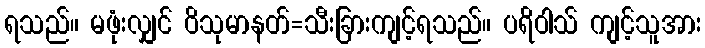
ရသည်။ မဖုံးလျှင် ဝိသုမာနတ်=သီးခြားကျင့်ရသည်။ ပရိဝါသ် ကျင့်သူအား